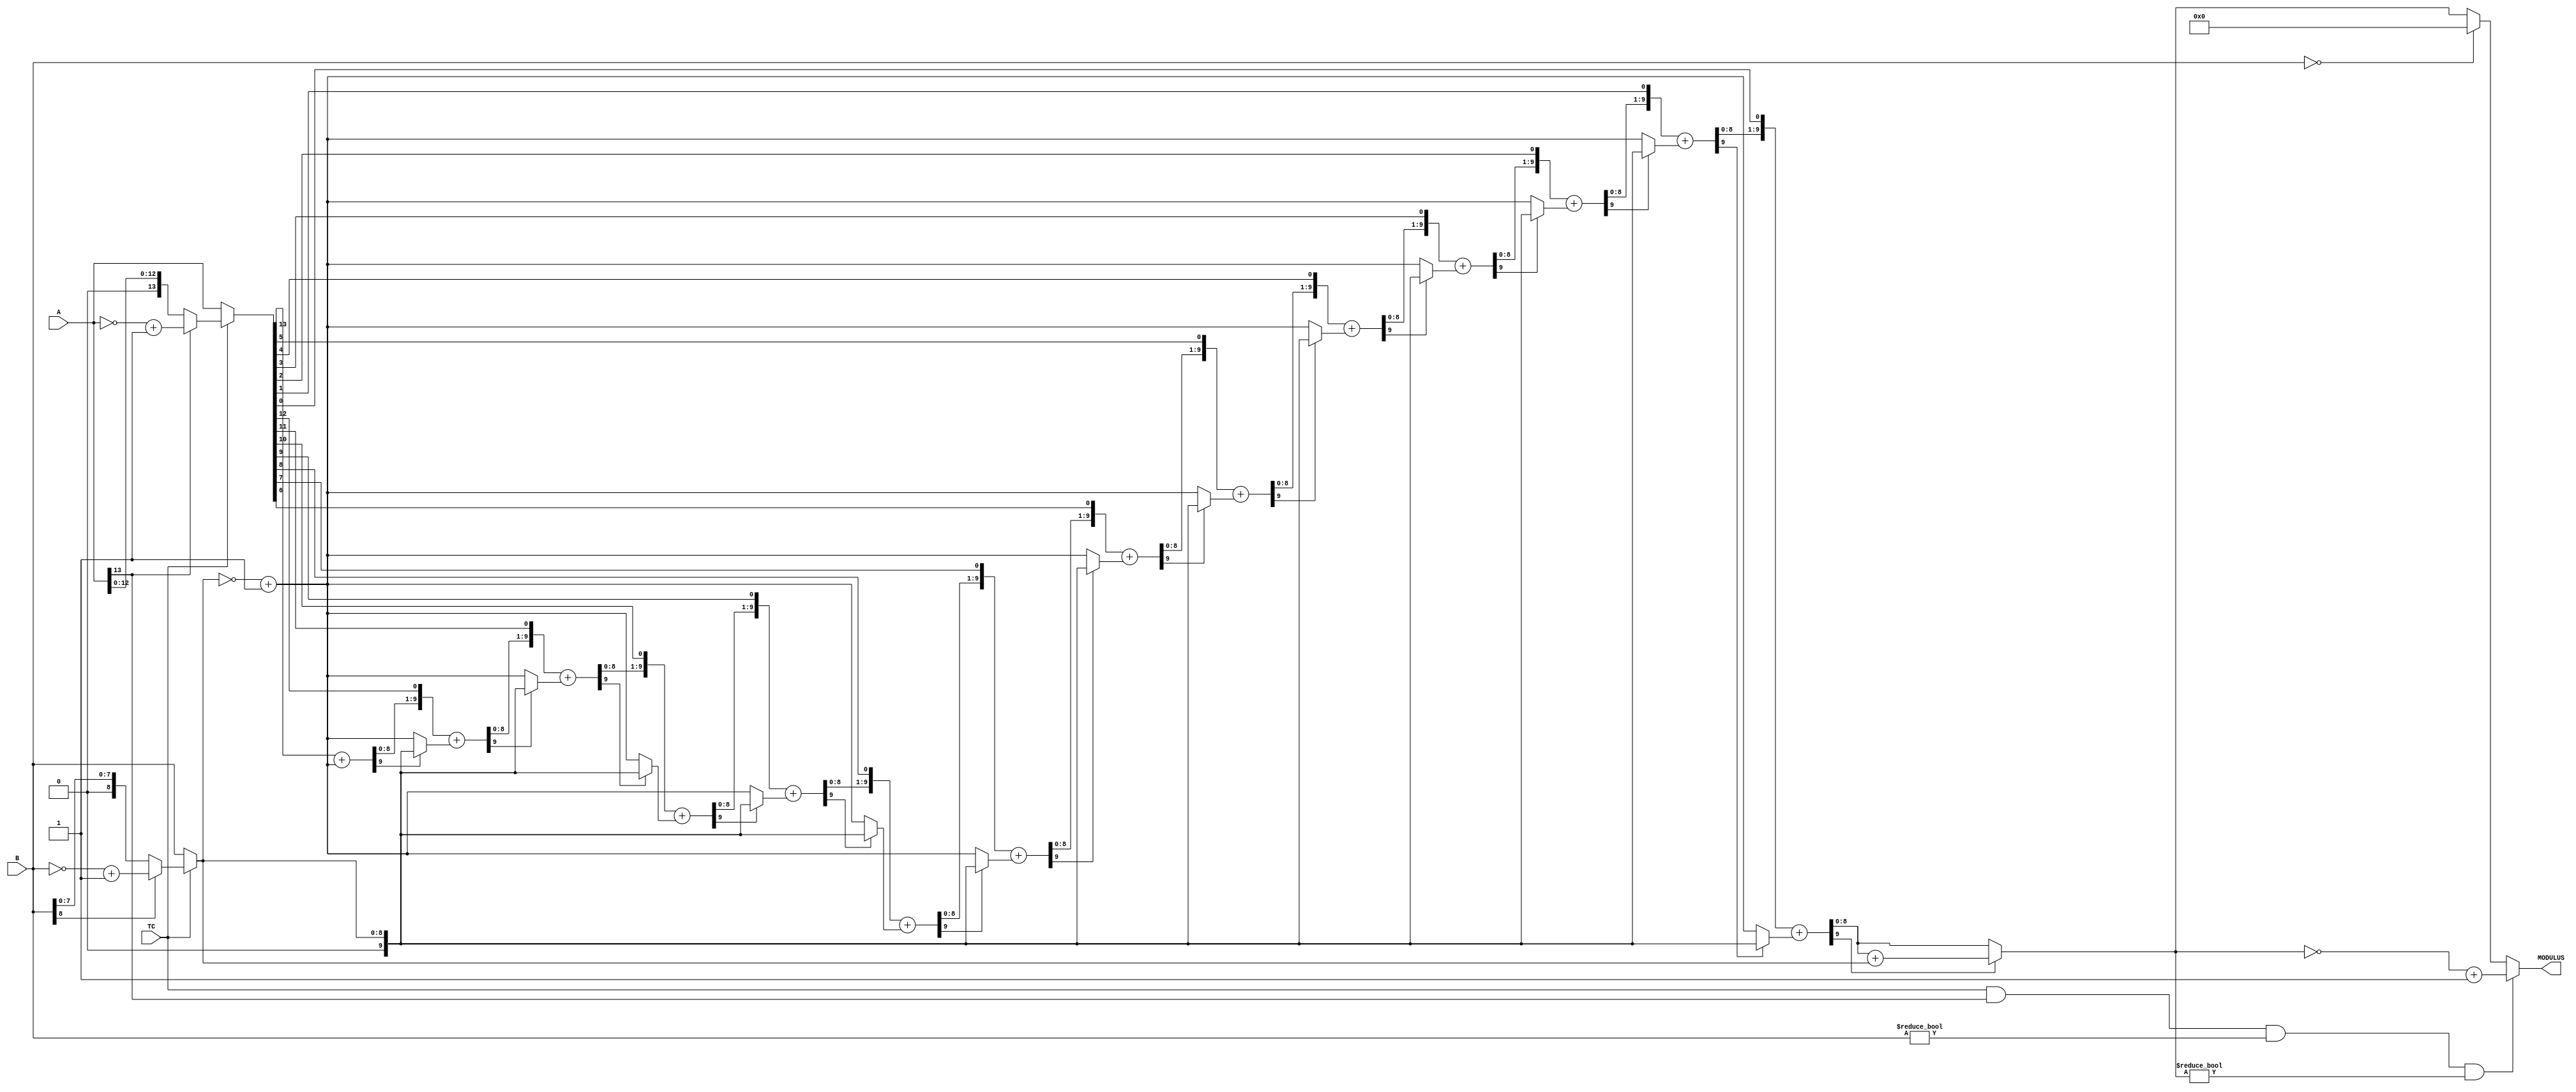

//--------------------------------------------------------------------------------------------------
//
// Title       : DW_ver_mod
// Design      : DW_ver_mod

// 
//
//-------------------------------------------------------------------------------------------------
// Description : DW_ver_mod performs a combinational modulus as defined in IEEE Standard 1364 Verilog
// Language Reference Manual (LRM). The control signal TC determines whether the input
// and output data is interpreted as unsigned ( TC LOW) or signed ( TC HIGH) numbers.
// The MODULUS operator, as defined in the Verilog LRM, is:
// MODULUS = A mod B = A-int(A/B) x B
// The sign of the result is the sign of the A input.The modulus definition uses integer division.
//
//-------------------------------------------------------------------------------------------------

module DW_ver_mod ( A ,B , TC, MODULUS )/* synthesis syn_builtin_du = "weak" */;
parameter A_width = 14;
parameter B_width = 9;
parameter TC_mode = 1;

input [A_width - 1 : 0 ]   A ;//Dividend	                 
input                      TC;//Two's Complement Control     
input [B_width - 1: 0 ]    B ;//Divisor                      
							                                 
output [B_width - 1 : 0 ]  MODULUS ;//Modulus output   

wire [A_width - 1 : 0 ]    A ;
wire [B_width - 1: 0 ]     B ;
reg  [B_width - 1 : 0 ]    MODULUS ;

wire [A_width - 1 : 0 ]    param1 ;
wire [B_width - 1: 0 ]     param2 ;
wire [B_width - 1 : 0 ]    modulus ;
wire [A_width - 1 : 0 ]    temp ;

//Internal signal assignment
assign param1 = ( TC & TC_mode )? ( A[A_width -1] ? (~A + 1'b1) : A ) : A; 
assign param2 = ( TC & TC_mode ) ? ( B[B_width -1] ? (~B + 1'b1) : B ) : B; 	   
`ifdef _synplify_asic_
     assign modulus = param1 % param2; 			
`else
	assign modulus =  rem ( param1, param2 ); 

/* Function to get the remainder. Shift/subtract non-restoring divider is implemented */
function [ B_width - 1 : 0 ] rem;
input [A_width - 1 : 0 ] a;
input [B_width - 1: 0 ] b;

reg [ B_width : 0 ] sum;//width = B_width + 1
reg [ B_width : 0 ] rem_adjust;
reg [A_width - 1 : 0 ] dividend;
reg [ B_width : 0 ] temp_b;
integer i;

begin		
	sum = {B_width{1'b0}};
	dividend = a;
	sum[0] = a[A_width - 1]; //MSB
	dividend = dividend << 1'b1;	 
	temp_b = ~b + 1'b1;
   	sum = sum + temp_b;
	dividend[0] = ~sum[B_width];
	// synthesis loop_limit 2000  
	for ( i = 0 ; i <  A_width - 1'b1 ; i = i + 1'b1 )
		begin
			if ( sum[B_width] )// 1 = -ve, 0 = +ve			
				begin
					temp_b = b;
				end
			else
				begin
				    temp_b = ~b + 1'b1;
				end
		    sum = sum << 1'b1;
		    sum[0] = dividend[A_width - 1];
		    dividend = dividend << 1'b1;
		   	sum = sum + temp_b;
			dividend[0] = ~sum[B_width];
		end
	
	rem_adjust = sum[B_width] ? sum + b : sum;//If remainder is -ve add divisor	
	rem = rem_adjust[B_width - 1: 0];
end

endfunction	

`endif 


//Output assignment								
always @( A or B or TC or modulus )
	if ((TC == 1) && (TC_mode == 1) && (A[A_width-1]==1) && (B != 0) && ( modulus != 0 ))
	    MODULUS = ~modulus + 1'b1;  //The sign of the result is the sign of A input 
	else if (B == 0)
	    MODULUS = 0;
	else
	    MODULUS = modulus;

endmodule